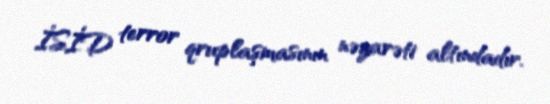
İSİD terror qruplaşmasının nəzarəti altındadır.